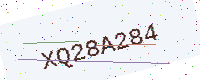
Text: XQ28A284